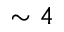
\sim 4